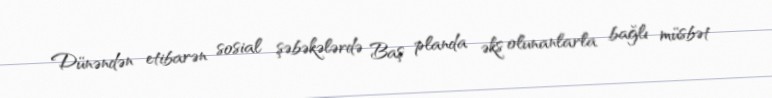
Dünəndən etibarən sosial şəbəkələrdə Baş planda əks olunanlarla bağlı müsbət